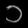
Digit: ၁